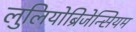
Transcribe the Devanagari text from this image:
लुलियोब्रिजेन्सियम